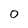
Character: 0